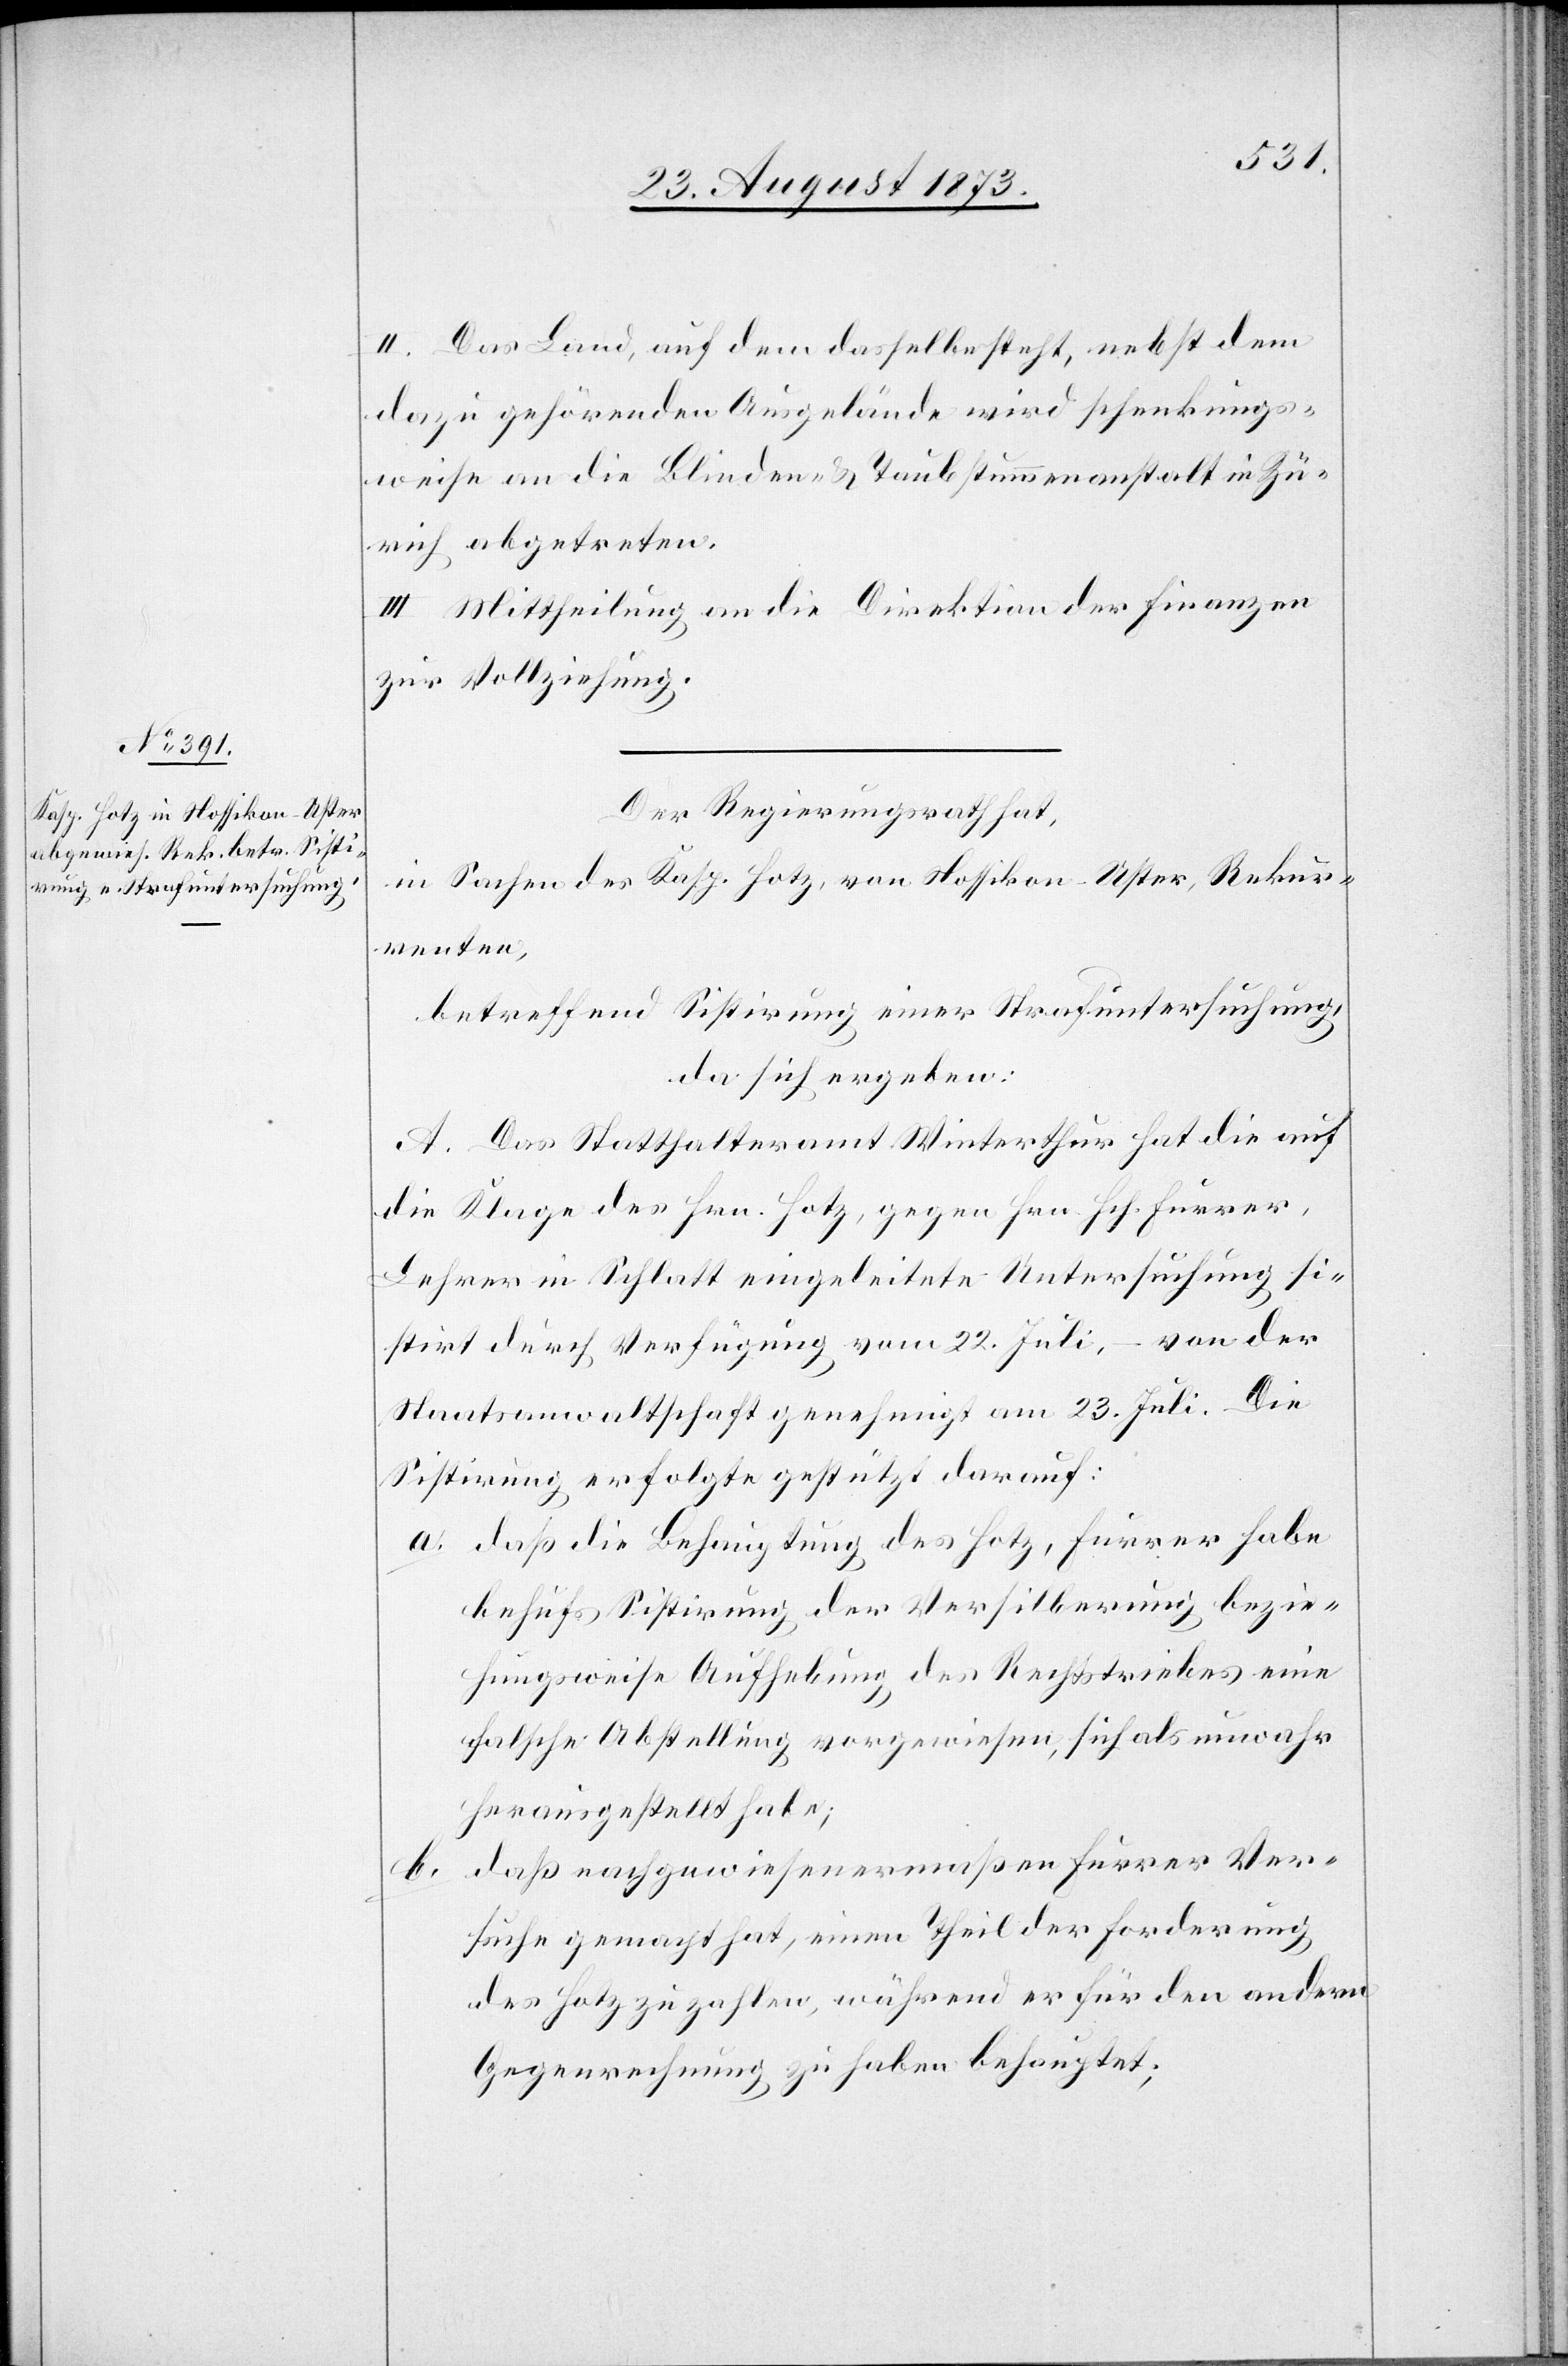
II. Das Land, auf dem dasselbe steht, nebst dem
dazu gehörenden Ausgelände wird schenkungs¬
weise an die Blinden- & Taubstummenanstalt in Zü¬
rich abgetreten.
III. Mittheilung an die Direktion der Finanzen
zur Vollziehung.
Der Regierungsrath hat,
in Sachen des Kasp. Hotz, von Nossikon-Uster, Rekur¬
renten,
betreffend Sistirung einer Strafuntersuchung,
da sich ergeben:
A. Das Statthalteramt Winterthur hat die auf
die Klage des Hrn. Hotz, gegen Hrn. Hch. Furrer,
Lehrer in Schlatt eingeleitete Untersuchung si¬
stirt durch Verfügung vom 22. Juli, – von der
Staatsanwaltschaft genehmigt am 23. Juli. Die
Sistirung erfolgte gestützt darauf:
a. daß die Behauptung des Hotz, Furrer habe
behufs Sistirung der Versilberung bezie¬
hungsweise Aufhebung des Rechtstriebes eine
falsche Abstellung vorgewiesen, sich als unwahr
herausgestellt habe;
daß nachgewiesenermaßen Furrer Ver¬
b.
suche gemacht hat, einen Theil der Forderung
des Hotz zu zahlen, während er für den andern
Gegenrechnung zu haben behauptet;